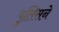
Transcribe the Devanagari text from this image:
पुलिसने